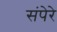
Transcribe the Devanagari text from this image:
संपेरे